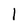
Character: 1